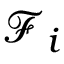
\mathcal { F } _ { i }